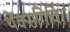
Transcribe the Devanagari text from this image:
थेंक्सगिविंग